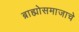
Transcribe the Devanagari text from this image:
ब्राह्मोसमाजाचे